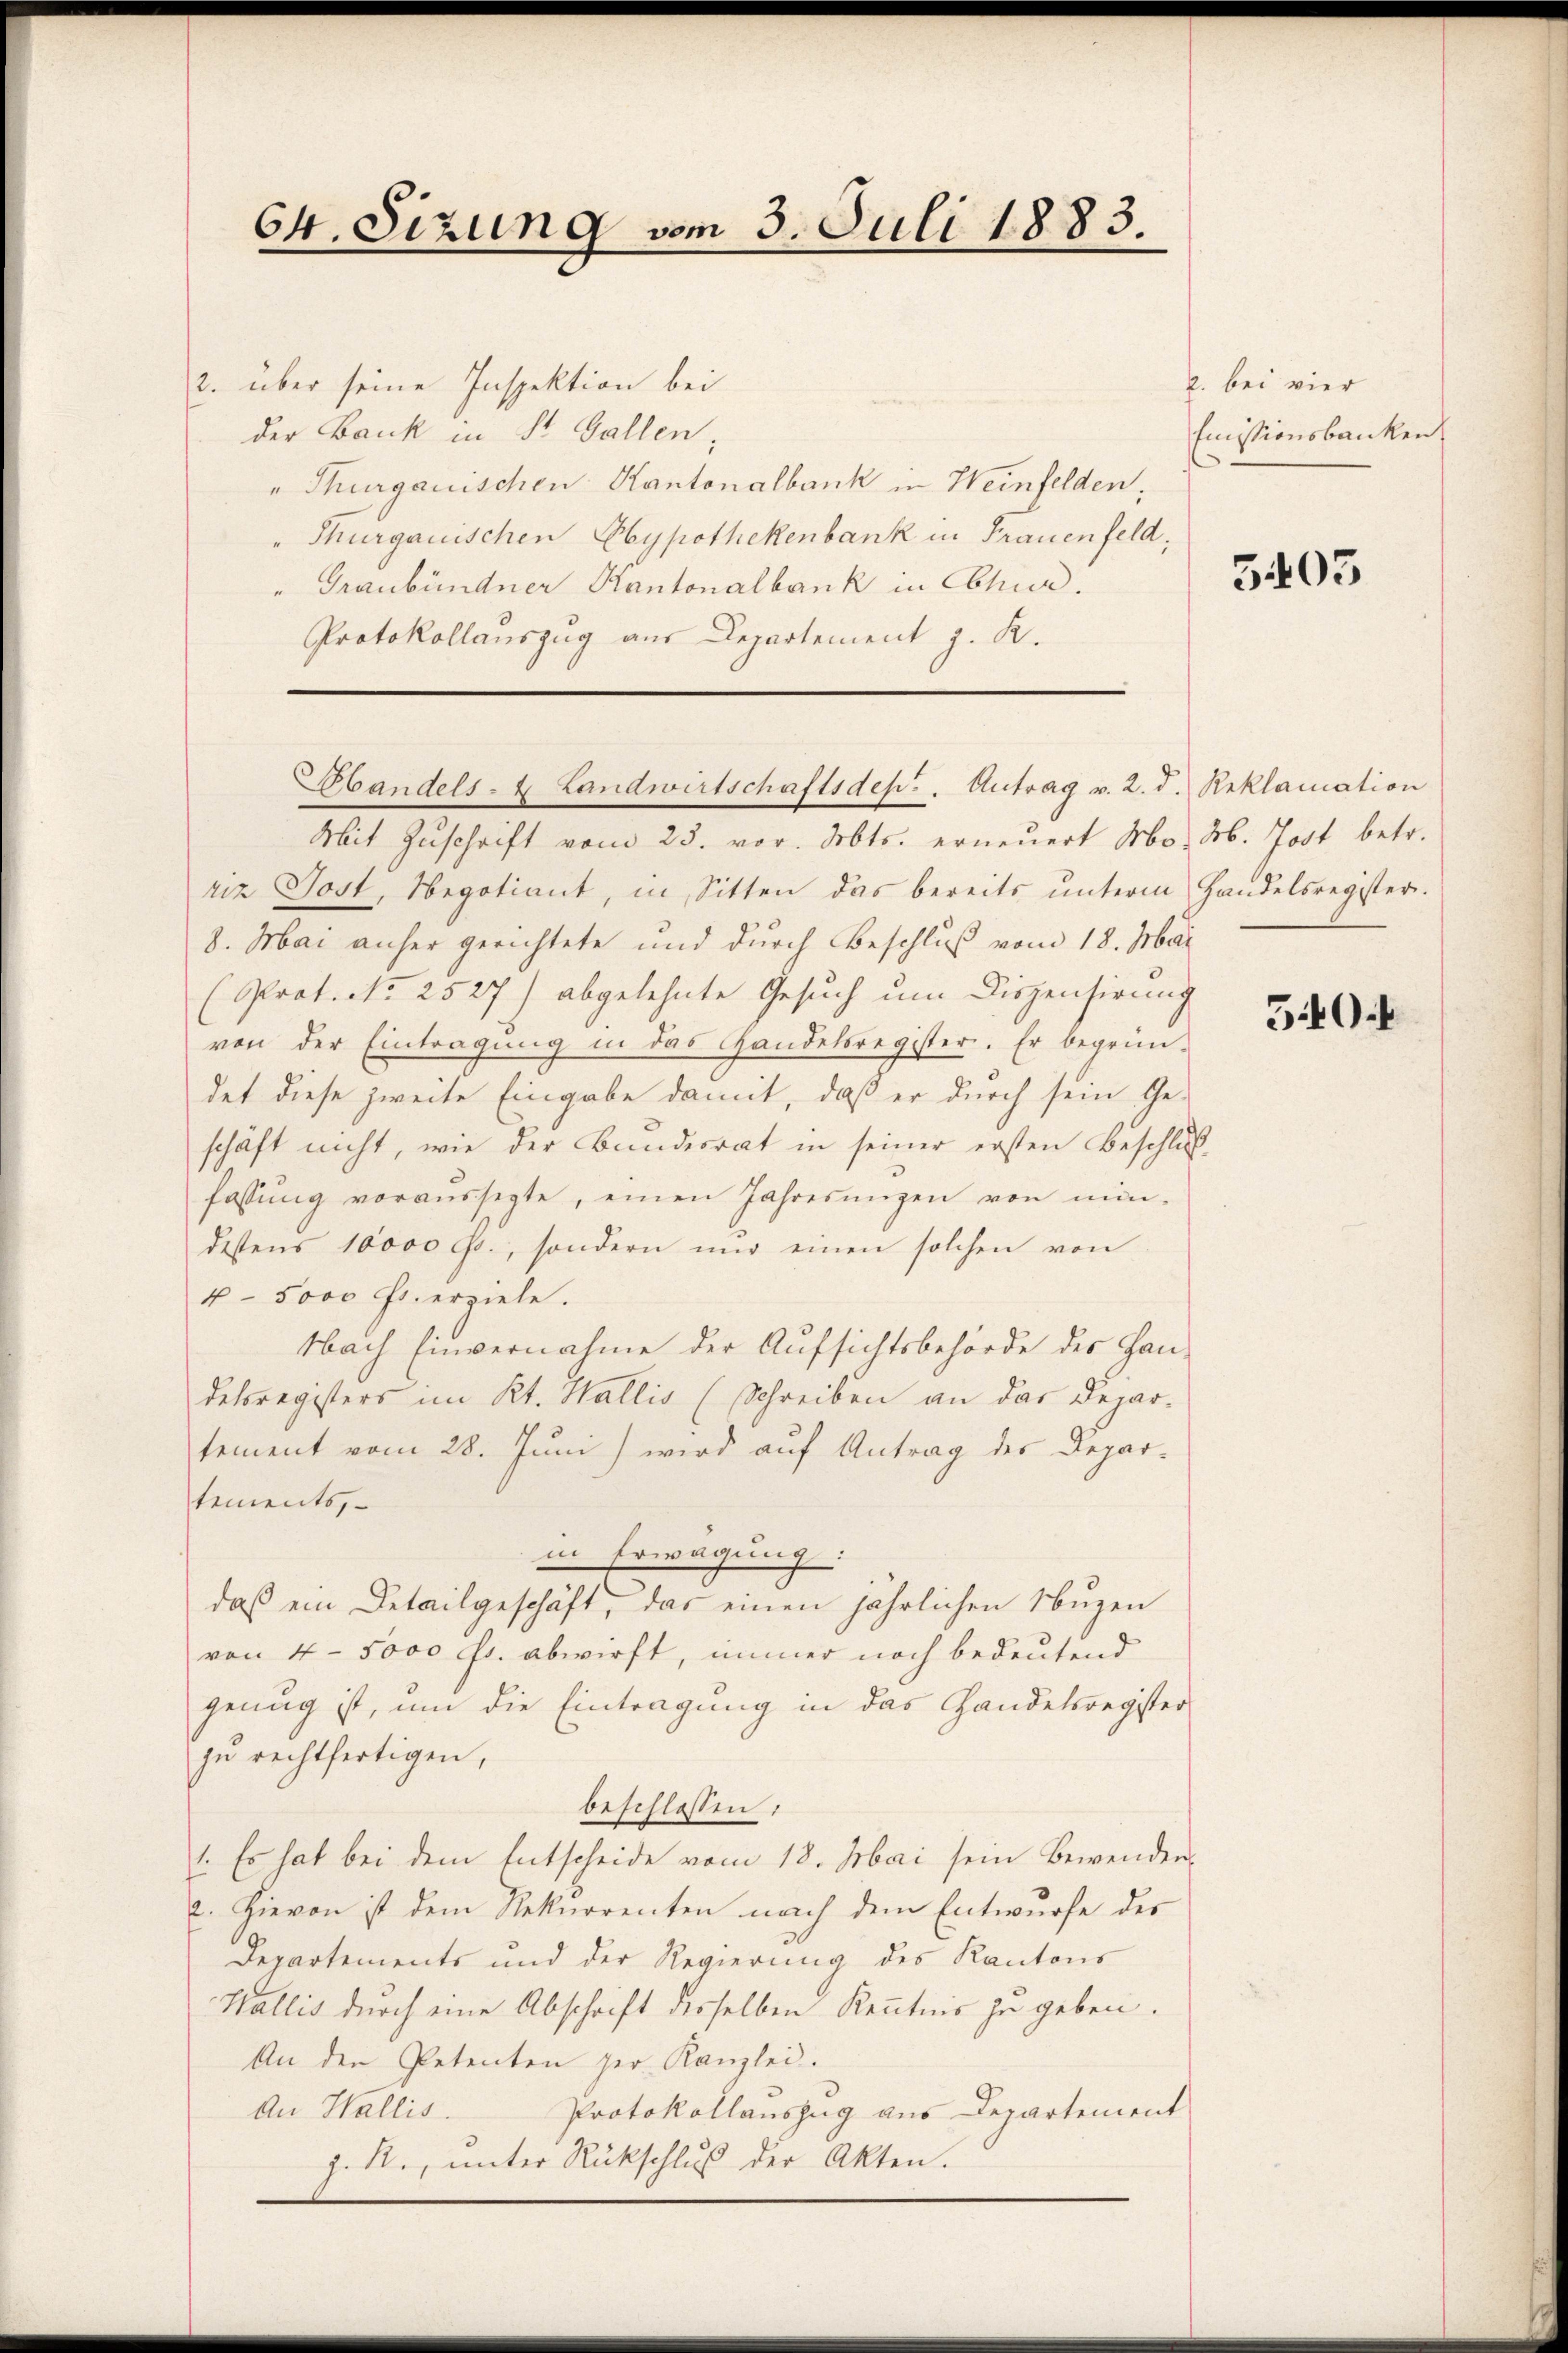
64. Sizung vom 3. Juli 1883.

2. über seine Inspektion bei
der Bank in St. Gallen,
" Thurgauischen Kantonalbank in Weinfelden.
Thurgauischen Hypothekenbank in Frauenfeld,
Graubündner Kantonalbank in Chur.
Protokollauszug aus Departement J. K.

Sbandels- & Landwirtschaftsdep. Antrag v. 2. d. Reklamation

Mit Zuschrift vom 23. vor. Mts. erneuert Mo. M. Jost betr.
riz Jost, Negotiant, in Sitten das bereits unterm Handelsregister.
8. Mai anher gerichtete und durch Beschluß vom 18. Mai
(Prof. No 2527) abgelehnte Gesuch um Dispensirung
von der Eintragŭng in das Handelsregister. Er begrün-
det diese zweite Eingabe damit, daß er durch sein Ge-
schäft nicht, wie der Bundesrat in seiner ersten Beschluß-
fassŭng voraussegte, einen Jahresŭngen von min-
destens 10000 Fr., sondern nŭr einen solchen von
4 - 5000 Fr. erziele.
Nach Einvernahme der Aufsichtsbehörde des Handelsregisters im Kt. Wallis (Schreiben an das Depar-
tement vom 28. Juni wird auf Antrag des Departements,
in Erwägung:
daß ein Detailgeschäft, das einen jährlichen Nuzen
von 4 - 5000 Fr. abwirft, immer noch bedeutend
genug ist, um die Eintragung in das Handelsregister
zu rechtfertigen,
beschlossen:
1. Es hat bei dem Entscheide vom 18. Mai sein Bewenden¬
2. Hievon ist dem Rekurrenten nach dem Entwurfe des
Departements und der Regierung des Kantons
Wallis durch eine Abschrift desselben Kenntnis zu geben.
An den Petenten per Kanzlei.
An Wallis. Protokollauszug aus Departement
z. R., unter Rückschluß der Akten.

2. bei vier
Emissionsbanken,

5403

540.